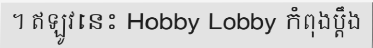
។ ឥឡូវនេះ Hobby Lobby កំពុងប្តឹង